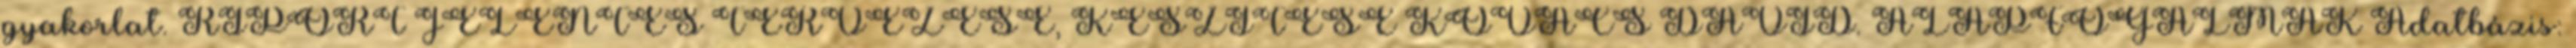
gyakorlat. RIPORT JELENTÉS TERVEZÉSE, KÉSZÍTÉSE KOVÁCS DÁVID. ALAPFOGALMAK Adatbázis: